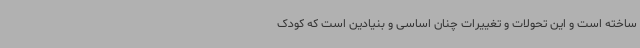
ساخته است و این تحولات و تغییرات چنان اساسی و بنیادین است که کودک